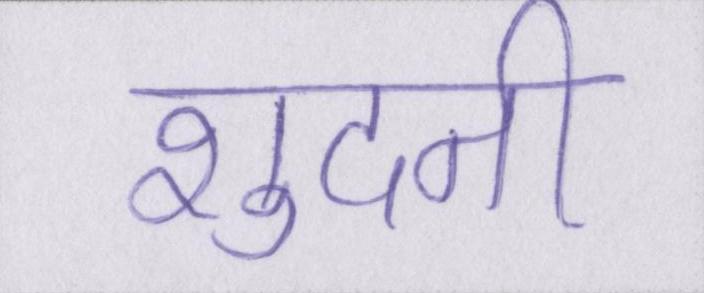
शुदनी